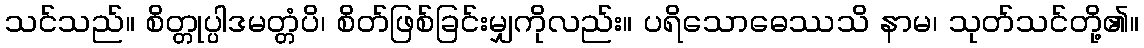
သင်သည်။ စိတ္တုပ္ပါဒမတ္တံပိ၊ စိတ်ဖြစ်ခြင်းမျှကိုလည်း။ ပရိသောဓေဿသိ နာမ၊ သုတ်သင်တို့၏။